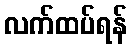
လက်ထပ်ရန်